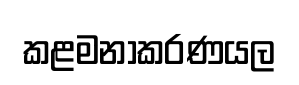
කළමනාකරණයල